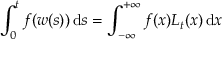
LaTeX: \int _ { 0 } ^ { t } f ( w ( s ) ) \, \mathrm { d } s = \int _ { - \infty } ^ { + \infty } f ( x ) L _ { t } ( x ) \, \mathrm { d } x